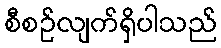
စီစဉ်လျက်ရှိပါသည်